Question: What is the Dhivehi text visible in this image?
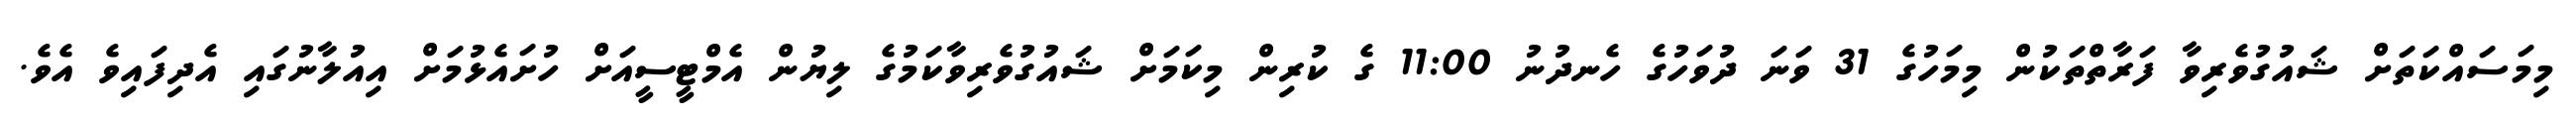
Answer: މިމަސައްކަތަށް ޝައުގުވެރިވާ ފަރާތްތަކުން މިމަހުގެ 31 ވަނަ ދުވަހުގެ ހެނދުނު 11:00 ގެ ކުރިން މިކަމަށް ޝައުގުވެރިވާކަމުގެ ލިޔުން އެމްޓީސީއަށް ހުށައެޅުމަށް އިއުލާނުގައި އެދިފައިވެ އެވެ.